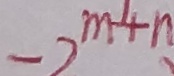
- 2 ^ { m - 4 n }